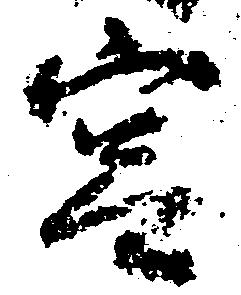
宮